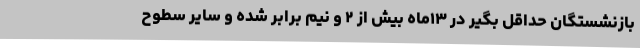
بازنشستگان حداقل بگیر در ۱۳ماه بیش از ۲ و نیم برابر شده و سایر سطوح